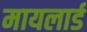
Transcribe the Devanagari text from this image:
मायलार्ड